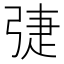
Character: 𢏵